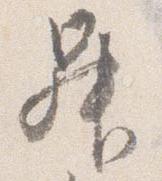
昇